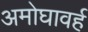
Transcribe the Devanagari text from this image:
अमोघावर्ह